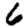
Digit: 6